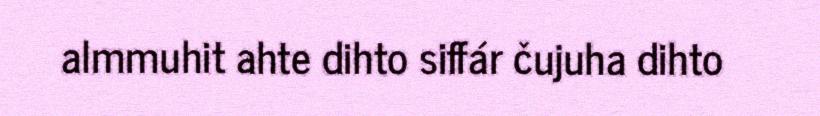
almmuhit ahte dihto siffár čujuha dihto